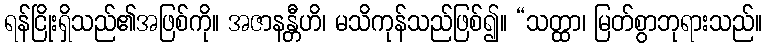
ရန်ငြိုးရှိသည်၏အဖြစ်ကို။ အဇာနန္တီဟိ၊ မသိကုန်သည်ဖြစ်၍။ “သတ္ထာ၊ မြတ်စွာဘုရားသည်။